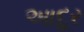
આદૂર